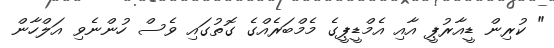
" ކުރިން ޑީއާރުޕީ އާއި އެމްޑީޕީގެ މެމްބަރެއްގެ ގޮތުގައި ވެސް ހުންނެވި އަލްހާން